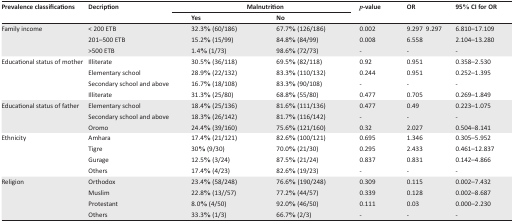
<table><thead><tr><td rowspan="3"><b>Prevalence classifications</b></td><td rowspan="3"><b>Decription</b></td><td colspan="2"><b>Malnutrition</b></td><td rowspan="3"><b><i>p</i>-value</b></td><td rowspan="3"><b>OR</b></td><td rowspan="3"><b>95% CI for OR</b></td></tr><tr><td><b>Yes</b></td><td><b>No</b></td></tr></thead><tbody><tr><td>Family income</td><td>&lt; 200 ETB</td><td>32.3% (60/186)</td><td>67.7% (126/186)</td><td>0.002</td><td>9.297 9.297</td><td>6.810–17.109</td></tr><tr><td></td><td>201–500 ETB</td><td>15.2% (15/99)</td><td>84.8% (84/99)</td><td>0.008</td><td>6.558</td><td>2.104–13.280</td></tr><tr><td></td><td>&gt;500 ETB</td><td>1.4% (1/73)</td><td>98.6% (72/73)</td><td>-</td><td>-</td><td>-</td></tr><tr><td>Educational status of mother</td><td>Illiterate</td><td>30.5% (36/118)</td><td>69.5% (82/118)</td><td>0.92</td><td>0.951</td><td>0.358–2.530</td></tr><tr><td></td><td>Elementary school</td><td>28.9% (22/132)</td><td>83.3% (110/132)</td><td>0.244</td><td>0.951</td><td>0.252–1.395</td></tr><tr><td></td><td>Secondary school and above</td><td>16.7% (18/108)</td><td>83.3% (90/108)</td><td>-</td><td>-</td><td>-</td></tr><tr><td></td><td>Illiterate</td><td>31.3% (25/80)</td><td>68.8% (55/80)</td><td>0.477</td><td>0.705</td><td>0.269–1.849</td></tr><tr><td>Educational status of father</td><td>Elementary school</td><td>18.4% (25/136)</td><td>81.6% (111/136)</td><td>0.477</td><td>0.49</td><td>0.223–1.075</td></tr><tr><td></td><td>Secondary school and above</td><td>18.3% (26/142)</td><td>81.7% (116/142)</td><td>-</td><td>-</td><td>-</td></tr><tr><td></td><td>Oromo</td><td>24.4% (39/160)</td><td>75.6% (121/160)</td><td>0.32</td><td>2.027</td><td>0.504–8.141</td></tr><tr><td>Ethnicity</td><td>Amhara</td><td>17.4% (21/121)</td><td>82.6% (100/121)</td><td>0.695</td><td>1.346</td><td>0.305–5.952</td></tr><tr><td></td><td>Tigre</td><td>30% (9/30)</td><td>70.0% (21/30)</td><td>0.295</td><td>2.433</td><td>0.461–12.837</td></tr><tr><td></td><td>Gurage</td><td>12.5% (3/24)</td><td>87.5% (21/24)</td><td>0.837</td><td>0.831</td><td>0.142–4.866</td></tr><tr><td></td><td>Others</td><td>17.4% (4/23)</td><td>82.6% (19/23)</td><td>-</td><td>-</td><td>-</td></tr><tr><td>Religion</td><td>Orthodox</td><td>23.4% (58/248)</td><td>76.6% (190/248)</td><td>0.309</td><td>0.115</td><td>0.002–7.432</td></tr><tr><td></td><td>Muslim</td><td>22.8% (13//57)</td><td>77.2% (44/57)</td><td>0.339</td><td>0.128</td><td>0.002–8.687</td></tr><tr><td></td><td>Protestant</td><td>8.0% (4/50)</td><td>92.0% (46/50)</td><td>0.111</td><td>0.03</td><td>0.000–2.230</td></tr><tr><td></td><td>Others</td><td>33.3% (1/3)</td><td>66.7% (2/3)</td><td>-</td><td>-</td><td>-</td></tr></tbody></table>